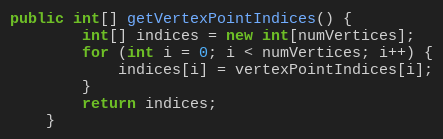
Language: Java
public int[] getVertexPointIndices() {
        int[] indices = new int[numVertices];
        for (int i = 0; i < numVertices; i++) {
            indices[i] = vertexPointIndices[i];
        }
        return indices;
    }